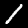
Label: 1